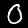
Label: 0